Subject: stat
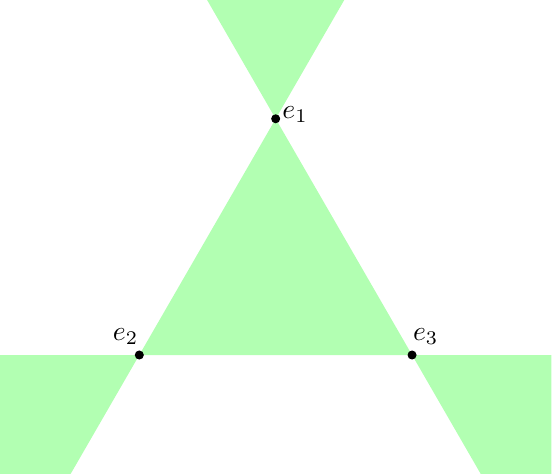
LaTeX code:
	\begin{tikzpicture}[every node/.style={draw,circle,inner sep=1pt,fill=black}]
	\clip (-3.5,-2.5) rectangle (3.5,3.5);
	\foreach \s in {0,1,2}
		\fill[fill=green!30] (90 + 120 * \s : 2) -- + (60 + 120 * \s : 3) -- + (120 + 120 * \s : 3) -- cycle;
	\fill[fill=green!30] (0,2) node[label={[right]{$e_1$}}] {} -- (-1.732,-1) node[label={[above left]{$e_2$}}] {} -- (1.732,-1) node[label={[above right]{$e_3$}}] {} -- cycle;
\end{tikzpicture}